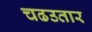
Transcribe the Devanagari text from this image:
चढउतार